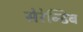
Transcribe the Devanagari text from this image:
सेरेन्डिब